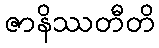
ဇာနိဿတီတိ